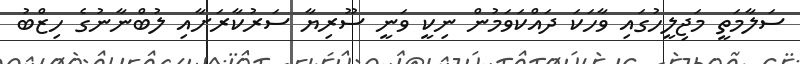
ސަލާމަތީ މަޖިލީހުގައި ވާހަކަ ދައްކަވަމުން ނިކީ ވަނީ ސޫރިޔާ ސަރުކާރަށާއި ލުބްނާނުގެ ހިޒްބު